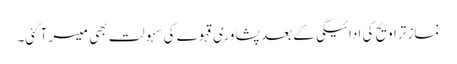
نماز تراویح کی ادائیگی کے بعد پشاوری قہوے کی سہولت بھی میسر آگئی۔